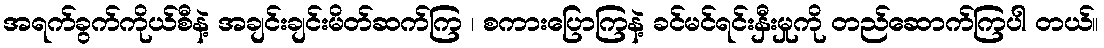
အရက်ခွက်ကိုယ်စီနဲ့ အချင်းချင်းမိတ်ဆက်ကြ ၊ စကားပြောကြနဲ့ ခင်မင်ရင်းနှီးမှုကို တည်ဆောက်ကြပါ တယ်။